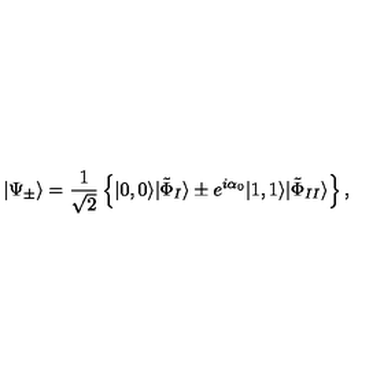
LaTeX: | \Psi _ { \pm } \rangle = \frac { 1 } { \sqrt { 2 } } \left\{ | 0 , 0 \rangle | \tilde { \Phi } _ { I } \rangle \pm e ^ { i \alpha _ { 0 } } | 1 , 1 \rangle | \tilde { \Phi } _ { I I } \rangle \right\} ,